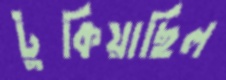
টুকিয়াছিল